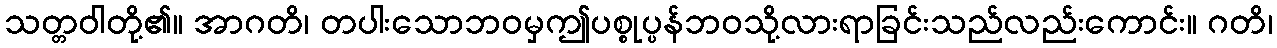
သတ္တဝါတို့၏။ အာဂတိ၊ တပါးသောဘဝမှဤပစ္စုပ္ပန်ဘဝသို့လားရာခြင်းသည်လည်းကောင်း။ ဂတိ၊